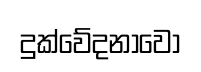
දුක්වේදනාවෝ